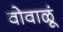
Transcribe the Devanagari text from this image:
वोवाळूं